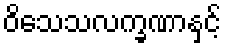
ဝိသေသလက္ခဏာနှင့်